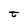
Character: t